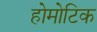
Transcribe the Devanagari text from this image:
होमोटिक